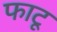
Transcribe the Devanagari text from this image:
फाटू